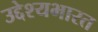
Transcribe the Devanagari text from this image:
उद्देश्यभारत